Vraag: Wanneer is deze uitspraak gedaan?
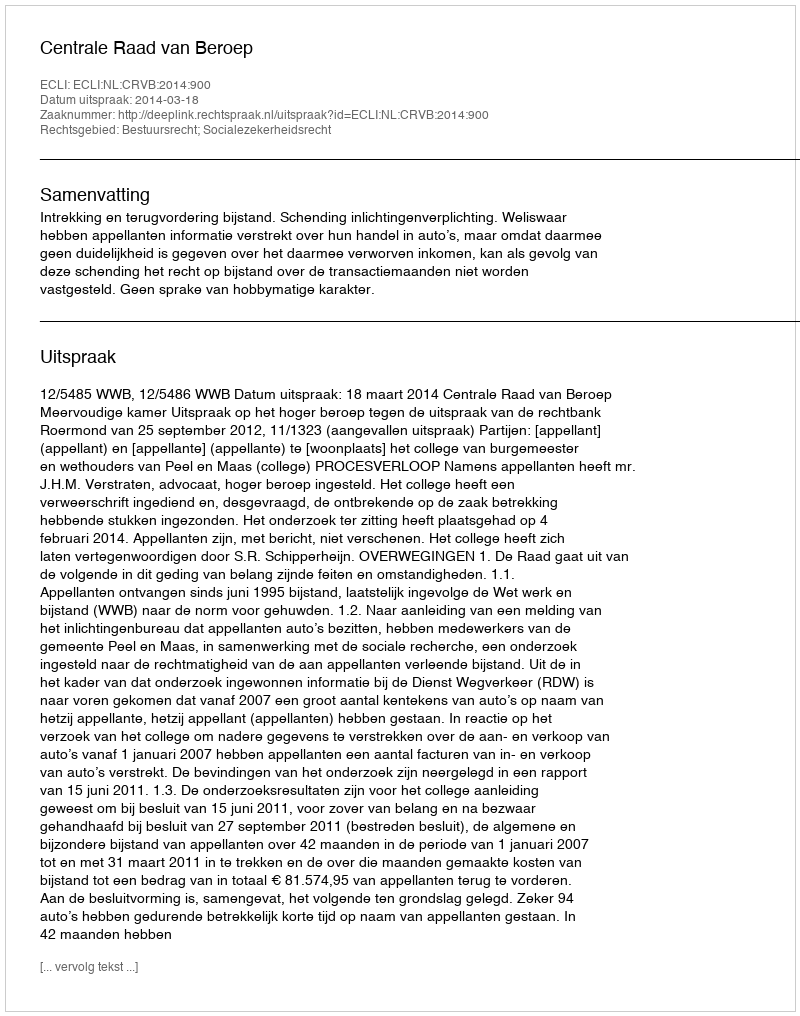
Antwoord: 2014-03-18